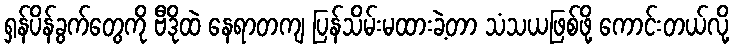
ရှန်ပိန်ခွက်တွေကို ဗီဒိုထဲ နေရာတကျ ပြန်သိမ်းမထားခဲ့တာ သံသယဖြစ်ဖို့ ကောင်းတယ်လို့